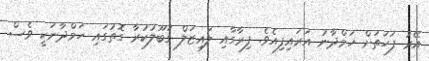
އޭރު ފަހަތަށް ހަމްދާނު އަރައިފިއެވެ. ފިރާގާއި ލައިޒަލް ގަބޫލުކުރާ ގޮތުގައި ހަމްދާނަކީ ވެސް